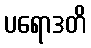
ပရောဒတိ